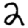
Digit: 2